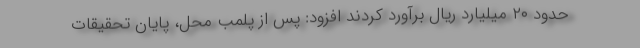
حدود ۲۰ میلیارد ریال برآورد کردند افزود: پس از پلمب محل، پایان تحقیقات